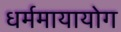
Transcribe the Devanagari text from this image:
धर्ममायायोग